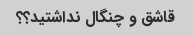
قاشق و چنگال نداشتید؟؟